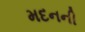
મદનની